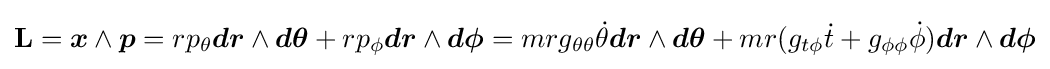
\mathbf {L} ={\boldsymbol {x}}\wedge {\boldsymbol {p}}=rp_{\theta }{\boldsymbol {dr}}\wedge {\boldsymbol {d\theta }}+rp_{\phi }{\boldsymbol {dr}}\wedge {\boldsymbol {d\phi }}=mrg_{\theta \theta }{\dot {\theta }}{\boldsymbol {dr}}\wedge {\boldsymbol {d\theta }}+mr(g_{t\phi }{\dot {t}}+g_{\phi \phi }{\dot {\phi }}){\boldsymbol {dr}}\wedge {\boldsymbol {d\phi }}